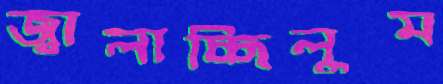
জ্বালাচ্ছিলুম